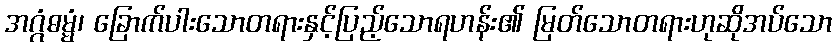
အဂ္ဂံဓမ္မံ၊ ခြောက်ပါးသောတရားနှင့်ပြည့်သောရဟန်း၏ မြတ်သောတရားဟုဆိုအပ်သော